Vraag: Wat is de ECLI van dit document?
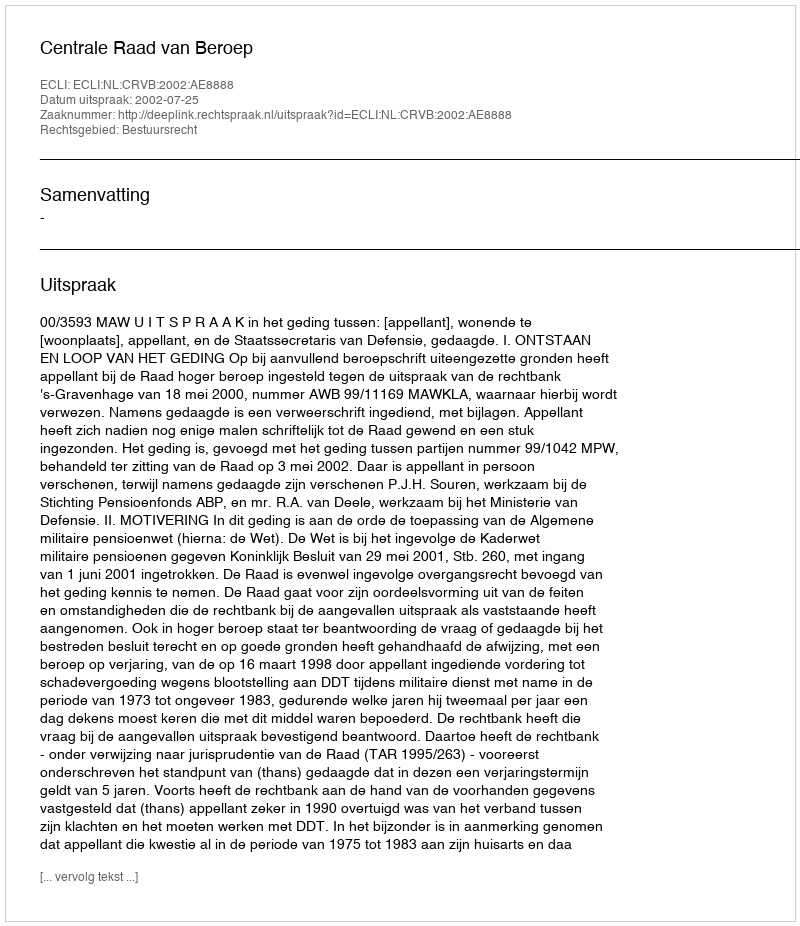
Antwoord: ECLI:NL:CRVB:2002:AE8888